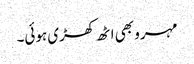
مہرو بھی اٹھ کھڑی ہوئی۔